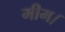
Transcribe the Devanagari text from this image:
मीम।